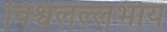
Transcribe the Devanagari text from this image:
विश्वलल्लभाय